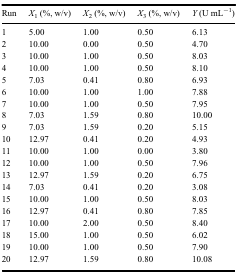
| Run | X1 (%, w/v) | X2 (%, w/v) | X3 (%, w/v) | Y (U mL−1) |
 | --- | --- | --- | --- | --- |
 | 1 | 5.00 | 1.00 | 0.50 | 6.13 |
 | 2 | 10.00 | 0.00 | 0.50 | 4.70 |
 | 3 | 10.00 | 1.00 | 0.50 | 8.03 |
 | 4 | 10.00 | 1.00 | 0.50 | 8.10 |
 | 5 | 7.03 | 0.41 | 0.80 | 6.93 |
 | 6 | 10.00 | 1.00 | 1.00 | 7.88 |
 | 7 | 10.00 | 1.00 | 0.50 | 7.95 |
 | 8 | 7.03 | 1.59 | 0.80 | 10.00 |
 | 9 | 7.03 | 1.59 | 0.20 | 5.15 |
 | 10 | 12.97 | 0.41 | 0.20 | 4.93 |
 | 11 | 10.00 | 1.00 | 0.00 | 3.80 |
 | 12 | 10.00 | 1.00 | 0.50 | 7.96 |
 | 13 | 12.97 | 1.59 | 0.20 | 6.75 |
 | 14 | 7.03 | 0.41 | 0.20 | 3.08 |
 | 15 | 10.00 | 1.00 | 0.50 | 8.03 |
 | 16 | 12.97 | 0.41 | 0.80 | 7.85 |
 | 17 | 10.00 | 2.00 | 0.50 | 8.40 |
 | 18 | 15.00 | 1.00 | 0.50 | 6.02 |
 | 19 | 10.00 | 1.00 | 0.50 | 7.90 |
 | 20 | 12.97 | 1.59 | 0.80 | 10.08 |